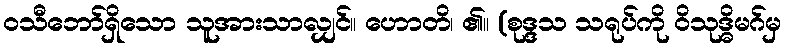
ဝသီဘော်ရှိသော သူအားသာလျှင်။ ဟောတိ၊ ၏။ (စုဒ္ဒသ သရုပ်ကို ဝိသုဒ္ဓိမဂ်မှ